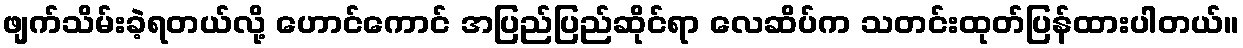
ဖျက်သိမ်းခဲ့ရတယ်လို့ ဟောင်ကောင် အပြည်ပြည်ဆိုင်ရာ လေဆိပ်က သတင်းထုတ်ပြန်ထားပါတယ်။